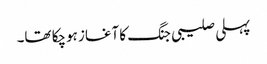
پہلی صلیبی جنگ کا آغاز ہوچکا تھا۔